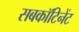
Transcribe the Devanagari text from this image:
सबकॉटिनेंट